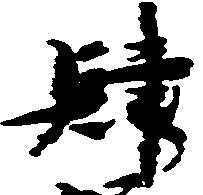
肆